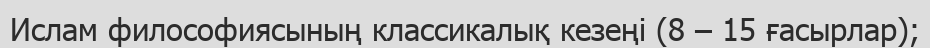
Ислам философиясының классикалық кезеңі (8 – 15 ғасырлар);